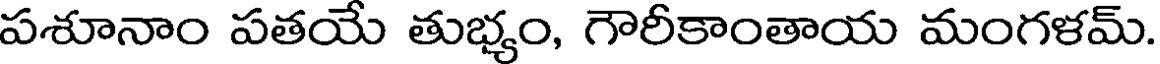
పశూనాం పతయే తుభ్యం, గౌరీకాంతాయ మంగళమ్